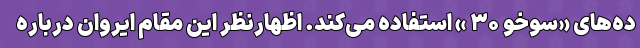
ده‌های «سوخو ۳۰ » استفاده می‌کند. اظهارنظر این مقام ایروان درباره